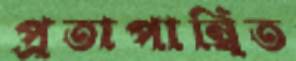
প্রতাপান্বিত